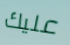
عليك